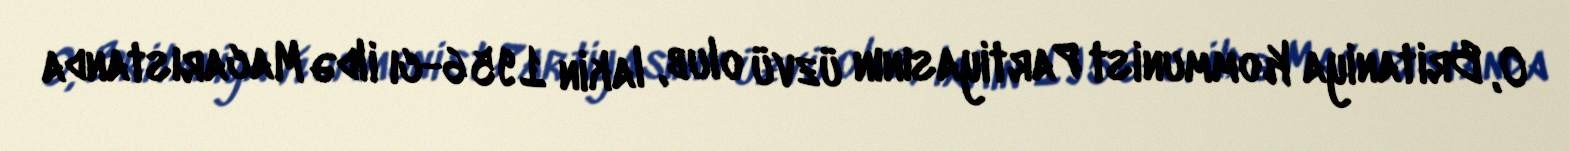
O, Britaniya Kommunist Partiyasının üzvü olub, lakin 1956-cı ildə Macarıstanda